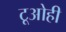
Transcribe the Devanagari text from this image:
टूओही